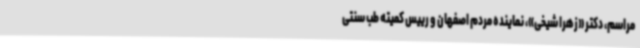
مراسم، دکتر «زهرا شیخی»، نماینده مردم اصفهان و رییس کمیته طب سنتی